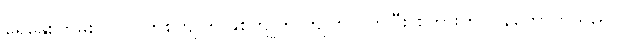
ရေနွေးကြမ်းပူပူကို တစ်ကျိုက် နှစ်ကျိုက် ကျိုက်လိုက်ပြီး စကားကို ပြန်ကောက်သည်။